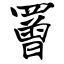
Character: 罾